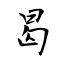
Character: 曷